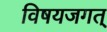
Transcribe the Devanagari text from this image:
विषयजगत्